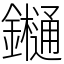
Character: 𨯁